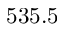
5 3 5 . 5